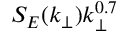
S _ { E } ( k _ { \perp } ) k _ { \perp } ^ { 0 . 7 }